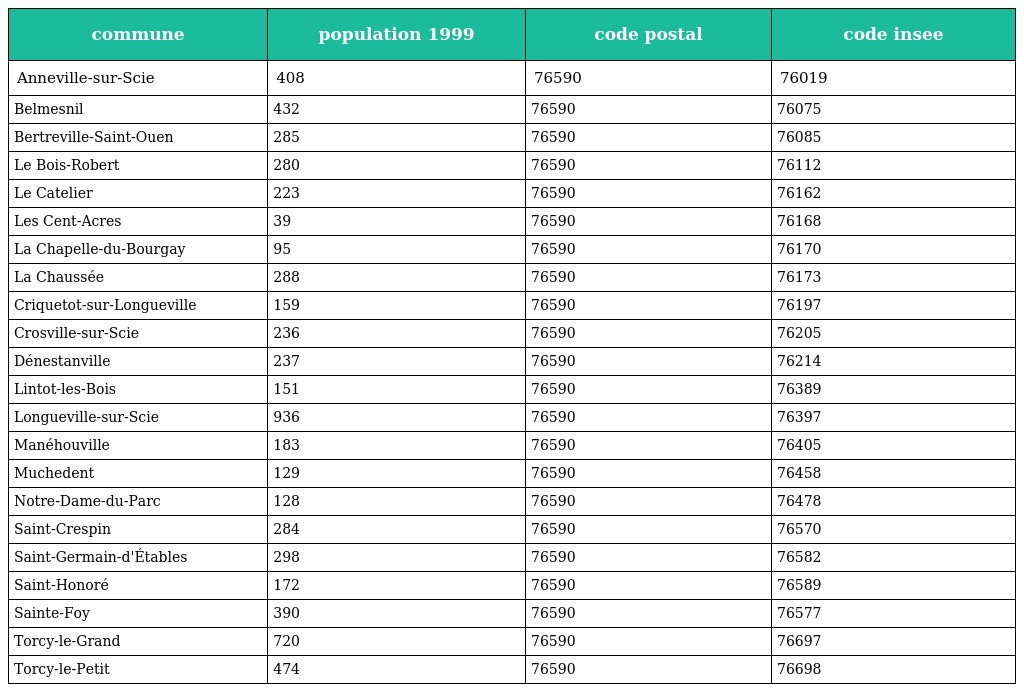
| commune | population 1999 | code postal | code insee |
 | --- | --- | --- | --- |
 | Anneville-sur-Scie | 408 | 76590 | 76019 |
 | Belmesnil | 432 | 76590 | 76075 |
 | Bertreville-Saint-Ouen | 285 | 76590 | 76085 |
 | Le Bois-Robert | 280 | 76590 | 76112 |
 | Le Catelier | 223 | 76590 | 76162 |
 | Les Cent-Acres | 39 | 76590 | 76168 |
 | La Chapelle-du-Bourgay | 95 | 76590 | 76170 |
 | La Chaussée | 288 | 76590 | 76173 |
 | Criquetot-sur-Longueville | 159 | 76590 | 76197 |
 | Crosville-sur-Scie | 236 | 76590 | 76205 |
 | Dénestanville | 237 | 76590 | 76214 |
 | Lintot-les-Bois | 151 | 76590 | 76389 |
 | Longueville-sur-Scie | 936 | 76590 | 76397 |
 | Manéhouville | 183 | 76590 | 76405 |
 | Muchedent | 129 | 76590 | 76458 |
 | Notre-Dame-du-Parc | 128 | 76590 | 76478 |
 | Saint-Crespin | 284 | 76590 | 76570 |
 | Saint-Germain-d'Étables | 298 | 76590 | 76582 |
 | Saint-Honoré | 172 | 76590 | 76589 |
 | Sainte-Foy | 390 | 76590 | 76577 |
 | Torcy-le-Grand | 720 | 76590 | 76697 |
 | Torcy-le-Petit | 474 | 76590 | 76698 |